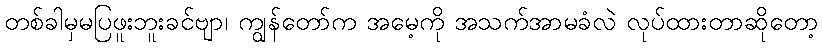
တစ်ခါမှမပြဖူးဘူးခင်ဗျာ၊ ကျွန်တော်က အမေ့ကို အသက်အာမခံလဲ လုပ်ထားတာဆိုတော့